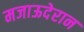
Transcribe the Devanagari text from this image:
मजाऊदेरान